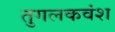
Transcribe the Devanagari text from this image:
तुगलकवंश